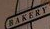
BAKERY